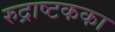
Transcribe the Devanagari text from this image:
रुद्राष्टकका